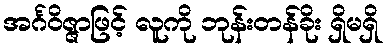
အင်္ဂဝိဇ္ဇာဖြင့် လူကို ဘုန်းတန်ခိုး ရှိမရှိ